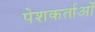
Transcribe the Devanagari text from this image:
पेशकर्ताओं